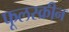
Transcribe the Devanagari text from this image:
फूलस्क्रीन